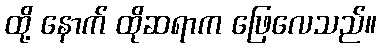
ထို့ နောက် ထိုဆရာက ဖြေလေသည်။